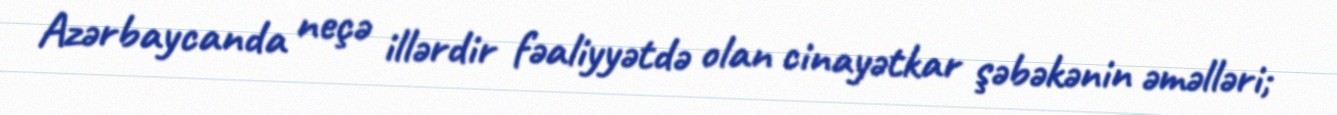
Azərbaycanda neçə illərdir fəaliyyətdə olan cinayətkar şəbəkənin əməlləri;